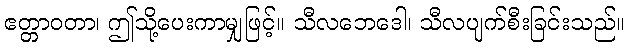
ဧတ္တာဝတာ၊ ဤသို့ပေးကာမျှဖြင့်။ သီလဘေဒေါ၊ သီလပျက်စီးခြင်းသည်။